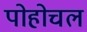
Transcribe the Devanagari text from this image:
पोहोचल